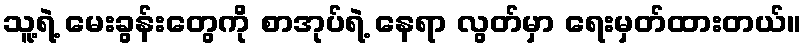
သူ့ရဲ့ မေးခွန်းတွေကို စာအုပ်ရဲ့ နေရာ လွတ်မှာ ရေးမှတ်ထားတယ်။